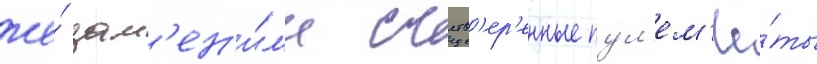
же́ зам'ен'и́л'и счетв'ер'енные пул'ем'ё́ты